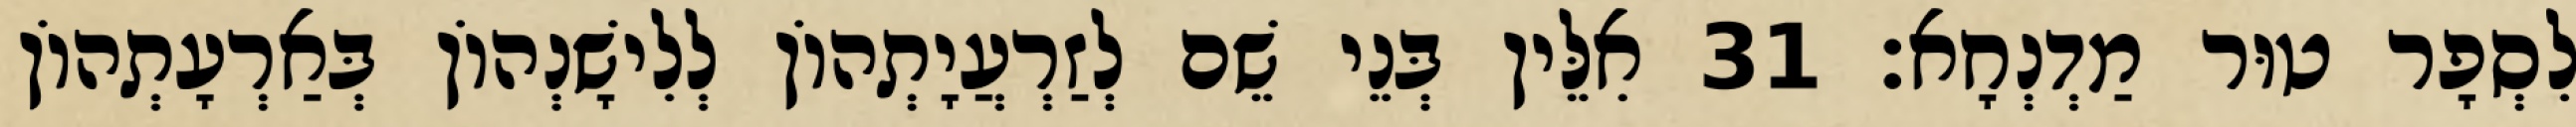
לִסְפָר טוּר מַדְנְחָא׃ 31 אִלֵּין בְּנֵי שֵׁם לְזַרְעֲיָתְהוֹן לְלִישָׁנְהוֹן בְּאַרְעָתְהוֹן